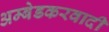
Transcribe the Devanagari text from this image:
अम्‍बेडकरवादी